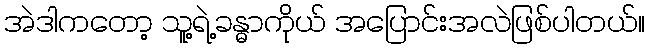
အဲဒါကတော့ သူ့ရဲ့ခန္ဓာကိုယ် အပြောင်းအလဲဖြစ်ပါတယ်။